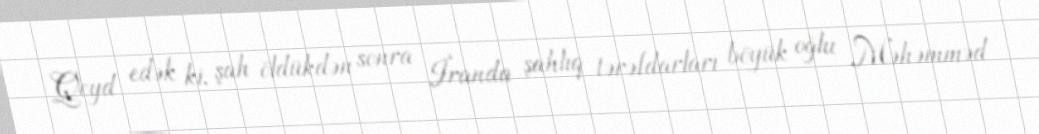
Qeyd edək ki, şah öldükdən sonra İranda şahlıq tərəfdarları böyük oğlu Məhəmməd